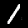
Label: 1